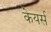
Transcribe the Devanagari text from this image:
केयर्स